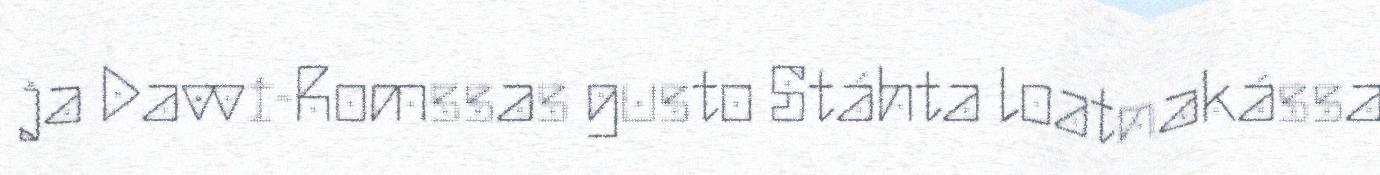
ja Davvi-Romssas gusto Stáhta loatnakássa